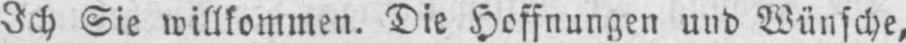
Ich Sie willkommen. Die Hoffnungen und Wünsche,